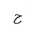
Letter: _ha